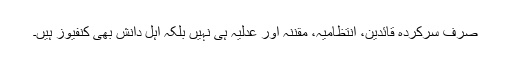
صرف سرکردہ قائدین، انتظامیہ، مقننہ اور عدلیہ ہی نہیں بلکہ اہل دانش بھی کنفیوز ہیں۔